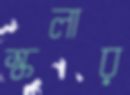
স্কলার